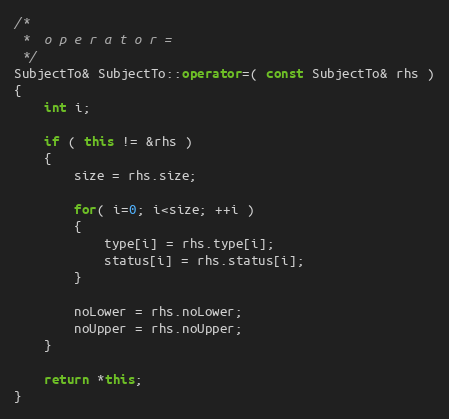
Language: C++
/*
 *	o p e r a t o r =
 */
SubjectTo& SubjectTo::operator=( const SubjectTo& rhs )
{
	int i;

	if ( this != &rhs )
	{
		size = rhs.size;

		for( i=0; i<size; ++i )
		{
			type[i] = rhs.type[i];
			status[i] = rhs.status[i];
		}

		noLower = rhs.noLower;
		noUpper = rhs.noUpper;
	}

	return *this;
}